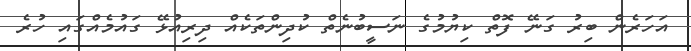
އަހަރެން ބިރު ގަނޭ ފޮތް ކިޔުމުގެ ނަސީބުނެތް ކުދިންތަކެއް ދިރިއުޅޭ ގައުމެއްގައި ހުރެ